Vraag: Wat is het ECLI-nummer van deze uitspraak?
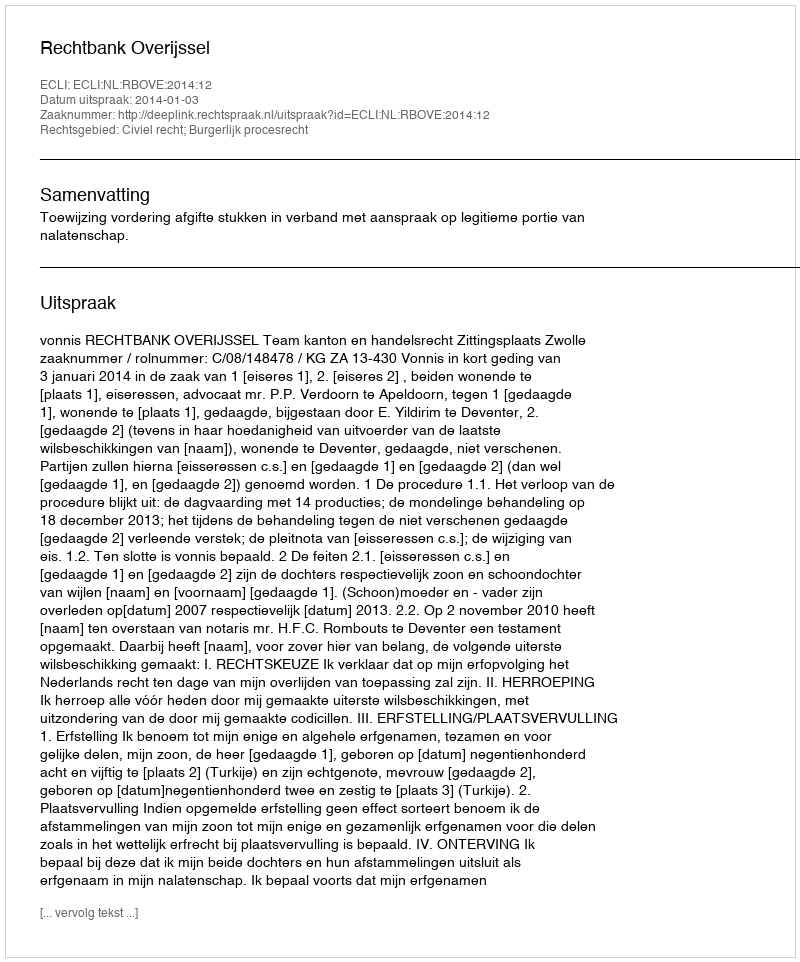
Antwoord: ECLI:NL:RBOVE:2014:12